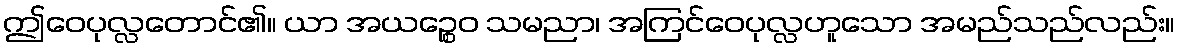
ဤဝေပုလ္လတောင်၏။ ယာ အယဉ္စေဝ သမညာ၊ အကြင်ဝေပုလ္လဟူသော အမည်သည်လည်း။